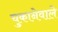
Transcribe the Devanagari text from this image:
चुकानेवाले